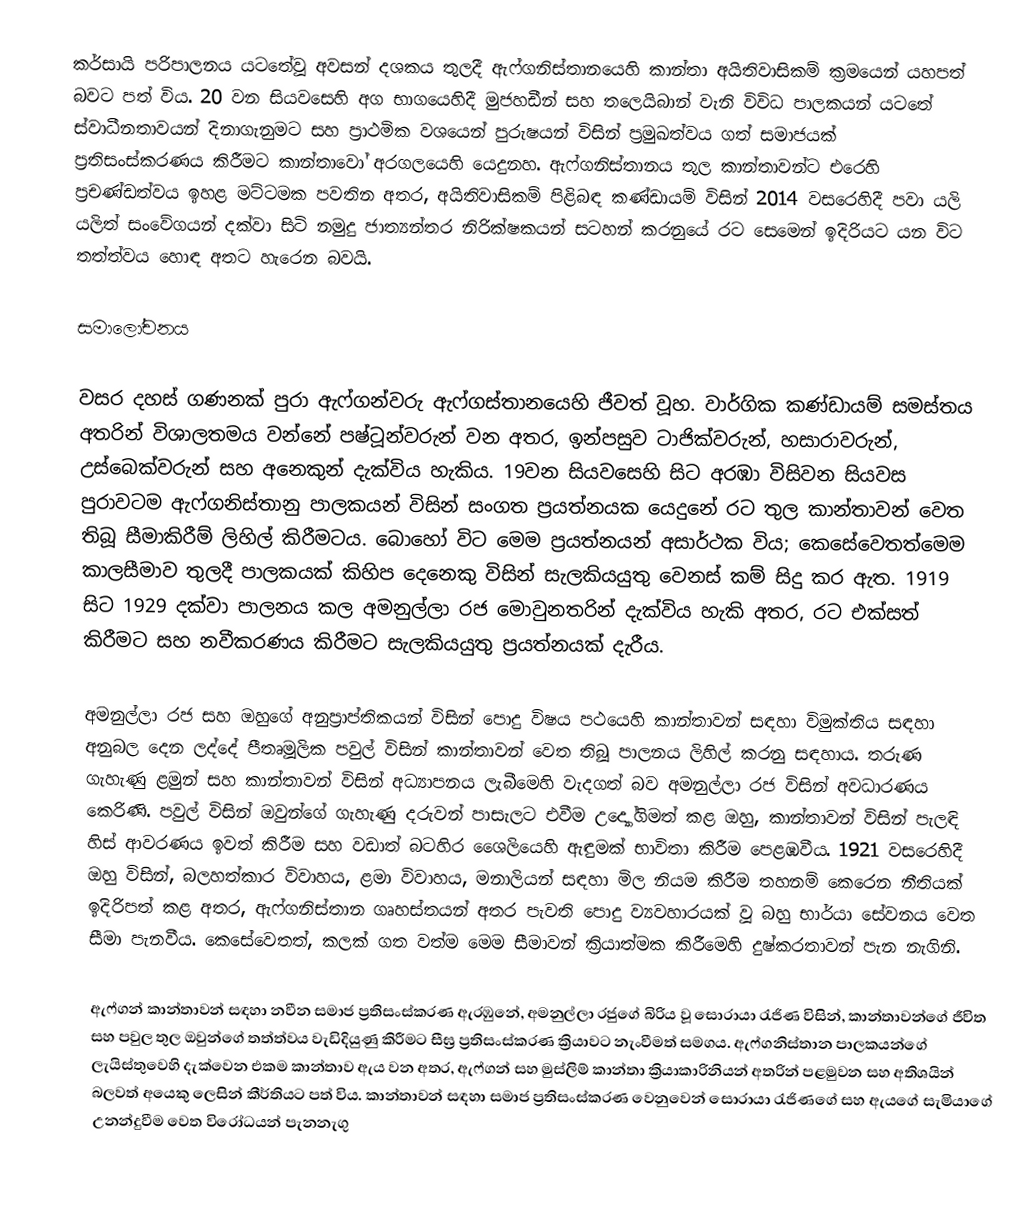
කර්සායි පරිපාලනය යටතේවූ අවසන් දශකය තුලදී ඇෆ්ගනිස්තානයෙහි කාන්තා අයිතිවාසිකම් ක්‍රමයෙන් යහපත් බවට පත් විය. 20 වන සියවසෙහි අග භාගයෙහිදී  මුජහඩීන් සහ තලෙයිබාන් වැනි විවිධ පාලකයන් යටතේ ස්වාධීනතාවයන් දිනාගැනුමට සහ ප්‍රාථමික වශයෙන් පුරුෂයන් විසින් ප්‍රමුඛත්වය ගත් සමාජයක් ප්‍රතිසංස්කරණය කිරීමට කාන්තාවෝ අරගලයෙහි යෙදුනහ. ඇෆ්ගනිස්තානය තුල  කාන්තාවන්ට එරෙහි ප්‍රචණ්ඩත්වය ඉහළ මට්ටමක පවතින අතර, අයිතිවාසිකම් පිළිබඳ කණ්ඩායම් විසින් 2014 වසරෙහිදී පවා යලි යලිත් සංවේගයන් දක්වා සිටි නමුදු ජාත්‍යන්තර නිරික්ෂකයන් සටහන් කරනුයේ රට සෙමෙන් ඉදිරියට යන විට තත්ත්වය හොඳ අතට හැරෙන බවයි.

සමාලෝචනය

වසර දහස් ගණනක් පුරා ඇෆ්ගන්වරු ඇෆ්ගස්තානයෙහි ජීවත් වූහ. වාර්ගික කණ්ඩායම් සමස්තය අතරින් විශාලතමය වන්නේ පෂ්ටූන්වරුන් වන අතර, ඉන්පසුව  ටාජික්වරුන්, හසාරාවරුන්, උස්බෙක්වරුන් සහ අනෙකුන් දැක්විය හැකිය. 19වන සියවසෙහි සිට අරඹා විසිවන සියවස පුරාවටම ඇෆ්ගනිස්තානු පාලකයන් විසින් සංගත ප්‍රයත්නයක යෙදුනේ රට තුල කාන්තාවන් වෙත තිබූ සීමාකිරීම් ලිහිල් කිරීමටය. බොහෝ විට මෙම ප්‍රයත්නයන් අසාර්ථක විය; කෙසේවෙතත්මෙම කාලසීමාව තුලදී පාලකයක් කිහිප දෙනෙකු විසින් සැලකියයුතු වෙනස් කම් සිදු කර ඇත. 1919 සිට 1929 දක්වා පාලනය කල  අමනුල්ලා රජ මොවුනතරින් දැක්විය හැකි අතර, රට එක්සත් කිරීමට සහ නවීකරණය කිරීමට සැලකියයුතු ප්‍රයත්නයක් දැරීය.

අමනුල්ලා රජ සහ ඔහුගේ අනුප්‍රාප්තිකයන් විසින් පොදු විෂය පථයෙහි කාන්තාවන් සඳහා විමුක්තිය සඳහා අනුබල දෙන ලද්දේ පීතෘමූලික පවුල් විසින් කාන්තාවන් වෙත තිබූ පාලනය ලිහිල් කරනු සඳහාය. තරුණ ගැහැණු ළමුන් සහ කාන්තාවන් විසින් අධ්‍යාපනය ලැබීමෙහි වැදගත් බව අමනුල්ලා රජ විසින් අවධාරණය කෙරිණි. පවුල් විසින් ඔවුන්ගේ ගැහැණු දරුවන් පාසැලට එවීම උද්‍යෝගිමත් කළ ඔහු, කාන්තාවන් විසින් පැලඳි හිස් ආවරණය ඉවත් කිරීම සහ වඩාත් බටහිර ශෛලියෙහි ඇඳුමක් භාවිතා කිරීම පෙළඹවීය. 1921 වසරෙහිදී ඔහු විසින්, බලහත්කාර විවාහය, ළමා විවාහය, මනාලියන් සඳහා මිල නියම කිරීම  තහනම් කෙරෙන නීතියක් ඉදිරිපත් කළ අතර, ඇෆ්ගනිස්තාන ගෘහස්තයන් අතර පැවති පොදු ව්‍යවහාරයක් වූ  බහු භාර්යා සේවනය වෙත සීමා පැනවීය. කෙසේවෙතත්, කලක් ගත වත්ම මෙම සීමාවන් ක්‍රියාත්මක කිරීමෙහි දුෂ්කරතාවන් පැන නැගිනි.

ඇෆ්ගන් කාන්තාවන් සඳහා නවීන සමාජ ප්‍රතිසංස්කරණ ඇරඹුනේ, අමනුල්ලා රජුගේ බිරිය වූ සොරායා රැජිණ විසින්, කාන්තාවන්ගේ ජීවිත සහ පවුල තුල ඔවුන්ගේ තත්ත්වය වැඩිදියුණු කිරීමට සීඝ්‍ර ප්‍රතිසංස්කරණ ක්‍රියාවට නැංවීමත් සමගය. ඇෆ්ගනිස්තාන පාලකයන්ගේ ලැයිස්තුවෙහි දැක්වෙන එකම කාන්තාව ඇය වන අතර, ඇෆ්ගන් සහ මුස්ලිම් කාන්තා ක්‍රියාකාරිනියන් අතරින් පළමුවන සහ අතිශයින් බලවත් අයෙකු ලෙසින් කීර්තියට පත් විය. කාන්තාවන් සඳහා සමාජ ප්‍රතිසංස්කරණ වෙනුවෙන් සොරායා රැජිණගේ සහ ඇයගේ සැමියාගේ උනන්දුවීම වෙත විරෝධයන් පැනනැගු